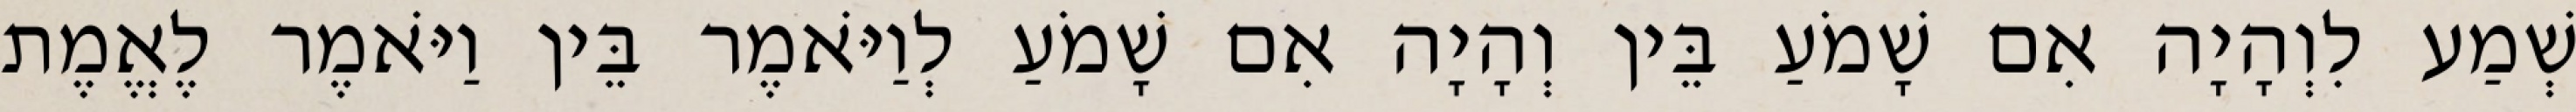
שְׁמַע לִוְהָיָה אִם שָׁמֹעַ בֵּין וְהָיָה אִם שָׁמֹעַ לְוַיֹּאמֶר בֵּין וַיֹּאמֶר לֶאֱמֶת